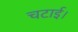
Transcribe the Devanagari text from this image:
चटाई।